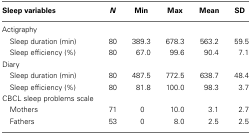
| Sleep variables | N | Min | Max | Mean | SD |
 | --- | --- | --- | --- | --- | --- |
 | <COLSPAN=6> Actigraphy |
 | Sleep duration (min) | 80 | 389.3 | 678.3 | 563.2 | 59.5 |
 | Sleep efficiency (%) | 80 | 67.0 | 99.6 | 90.4 | 7.1 |
 | <COLSPAN=6> Diary |
 | Sleep duration (min) | 80 | 487.5 | 772.5 | 638.7 | 48.4 |
 | Sleep efficiency (%) | 80 | 81.8 | 100.0 | 98.3 | 3.7 |
 | <COLSPAN=6> CBCL sleep problems scale |
 | Mothers | 71 | 0 | 10.0 | 3.1 | 2.7 |
 | Fathers | 53 | 0 | 8.0 | 2.5 | 2.5 |